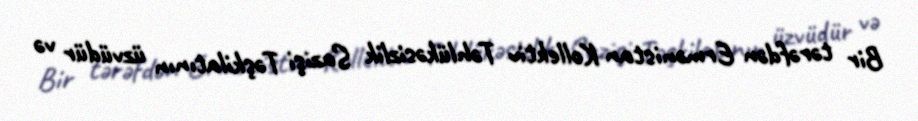
Bir tərəfdən Ermənistan Kollektiv Təhlükəsizlik Sazişi Təşkilatının üzvüdür və